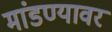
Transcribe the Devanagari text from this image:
मांडण्यावर